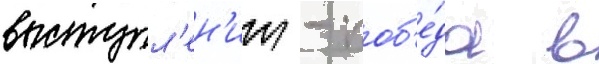
выступл'ен'ии - поб'е́да в